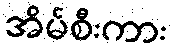
အိမ်စီးကား